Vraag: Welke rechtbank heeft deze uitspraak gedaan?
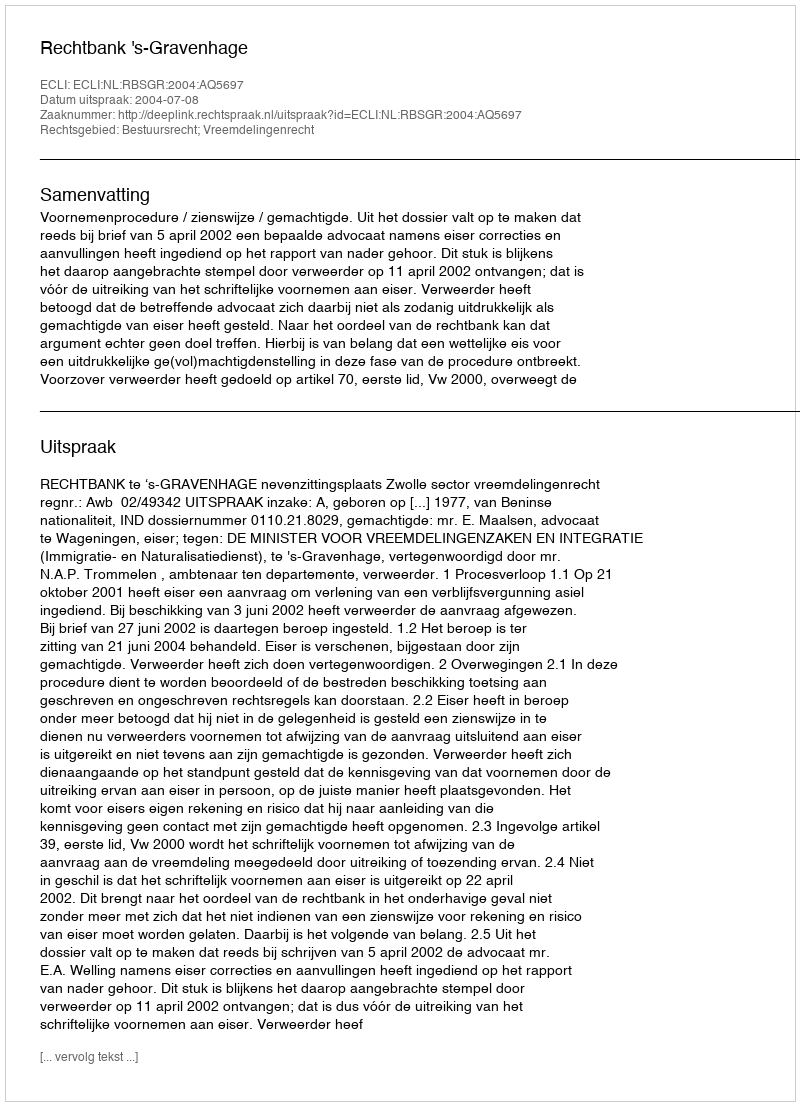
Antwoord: Rechtbank 's-Gravenhage